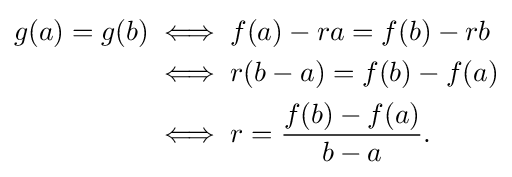
{\begin{aligned}g(a)=g(b)&\iff f(a)-ra=f(b)-rb\\&\iff r(b-a)=f(b)-f(a)\\&\iff r={\frac {f(b)-f(a)}{b-a}}.\end{aligned}}